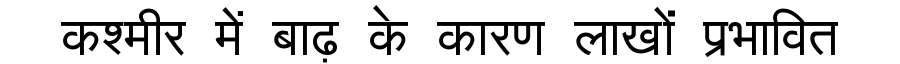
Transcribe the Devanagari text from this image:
कश्मीर में बाढ़ के कारण लाखों प्रभावित